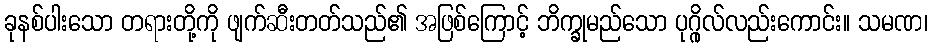
ခုနစ်ပါးသော တရားတို့ကို ဖျက်ဆီးတတ်သည်၏ အဖြစ်ကြောင့် ဘိက္ခုမည်သော ပုဂ္ဂိုလ်လည်းကောင်း။ သမဏ၊